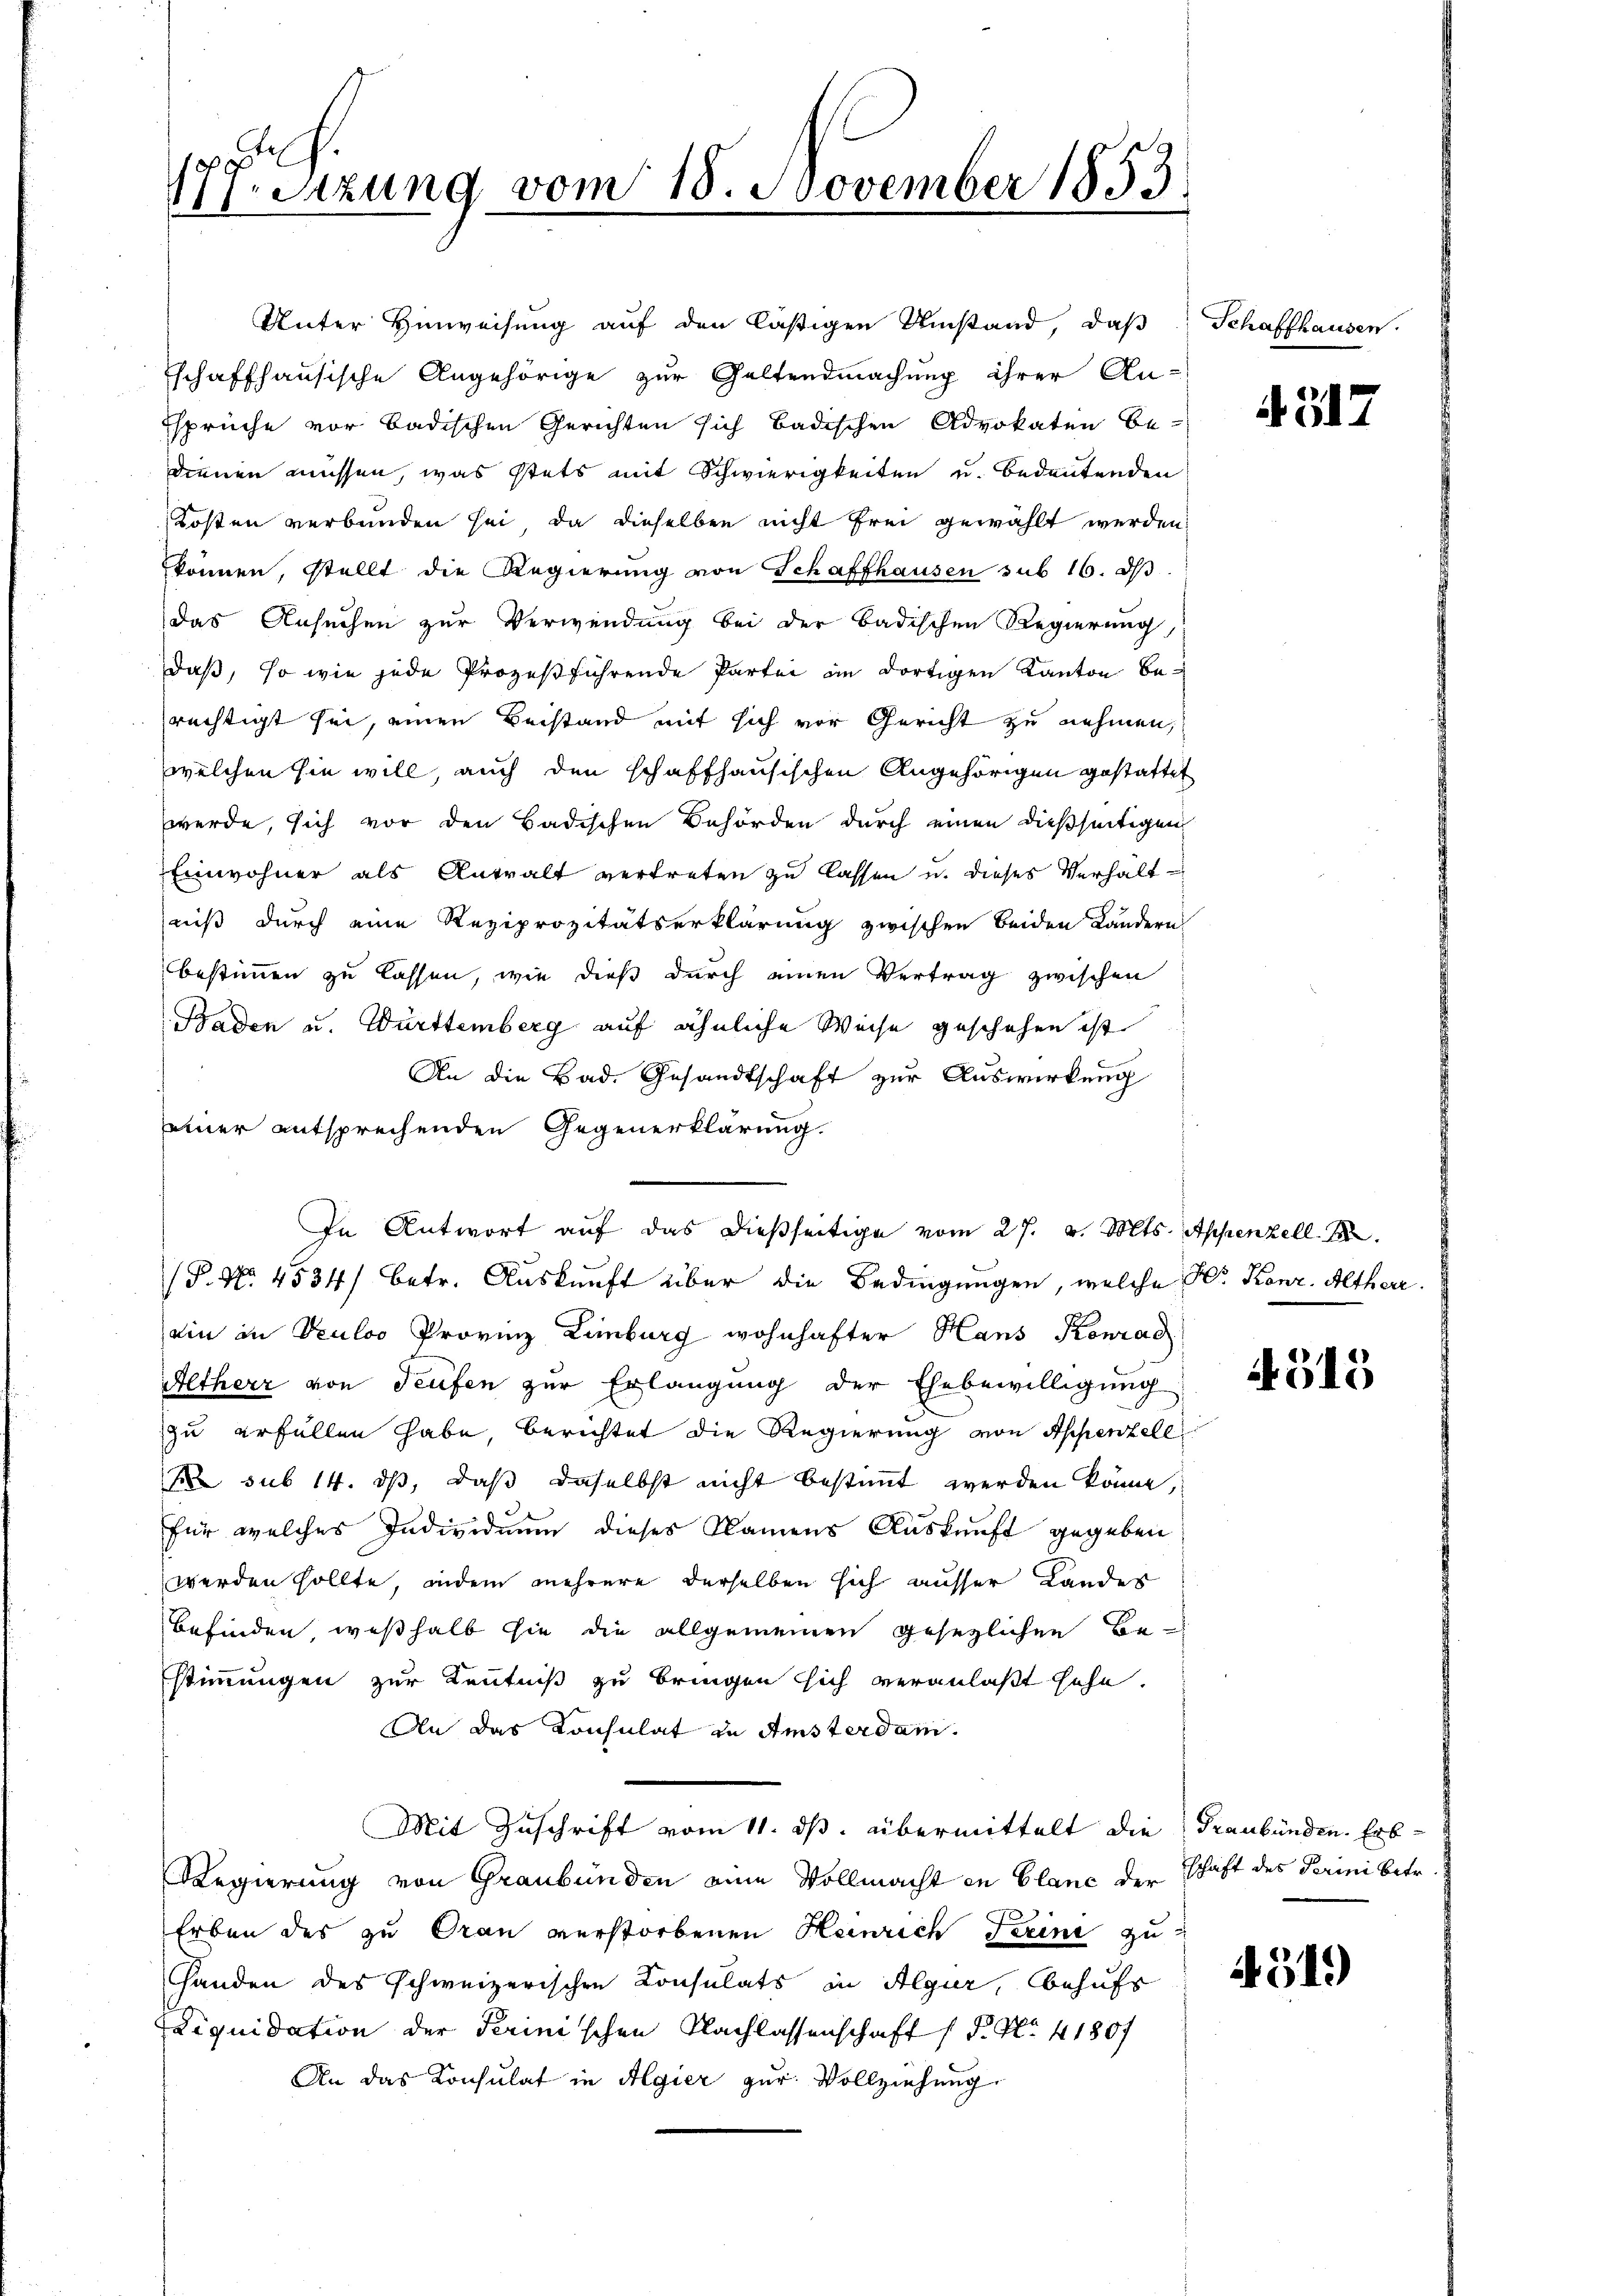
ESizung vom 18. November 1853
11

Unter Hinweisung auf den lästigen Umstand, daß
schaffhausische Angehörige zur Geltendmachung ihrer An-
sprüche vor badischen Gerichten sich badischen Advokaten be-
dienen müssen, was stets mit Schwierigkeiten u. bedeutenden
Kosten verbunden sei, da dieselben nicht frei gewählt werden.
können, stellt die Regierung von Schaffhausen sub 16. ds
das Ansuchen zur Verwendung bei der Badischen Regierung,
daß, so wie jede Prozeßführende Partei im dortigen Kanton berechtigt sei, einen Beistand mit sich vor Gericht zu nehmen,
welchen sie will, auch den schaffhausischen Angehörigen gestattet
werde, sich vor den Badischen Behörden durch einen dießseitigen
Einwohner als Antralt vertreten zu lassen u. dieses Verhältniß durch eine Reziprozitätserklärung zwischen beiden Landern
bestimmen zu lassen, wie dieß durch einen Vertrag zwischen
Baden u. Württemberg auf ähnliche Weise geschehen ist
An die Bad. Gesandtschaft zur Auswirkung
einer entsprechenden Gegenerklärung.
(P. Nr. 4534) betr. Auskunft über die Bedingungen, welche Hr. Konr. Altherr
din in Truloo Provinz Limburg wohnhafter Hans Konrad
Altherr von Teufen zur Erlangung der Ehebewilligung
zu erfüllen habe, berichtet die Regierung von Appenzele
 sub 14. ds, daß daselbst nicht bestimmt werden könne,
für welches Individuum dieses Namens Auskunft gegeben
werden sollte, indem mehrere derselben sich ausser Landes
Befinden, weßhalb sie die allgemeinen gesetzlichen Bestimmungen zur Kenntniß zu bringen sich veranlaßt sehe.
An das Konsulat in Amsterdam.
Mit Zuschrift vom 11. ds. übermittelt die Graubünden. Erb¬
Regierung von Graubünden eine Vollmacht in blanc der Schaft des Perini betr.
Erben des zu Oran verstorbenen Heinrich Trini zu
Handen des schweizerischen Consulats in Algier, behufs
Liquidation der Perinischen Nachlassenschaft (T. No. 41807
An das Konsulat in Algier zur Vollziehung.

In Antwort auf das dießseitige vom 27. v. Mts. Appenzell B

Schaffhausen.

4317

4315

451)